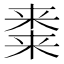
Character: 𭫝